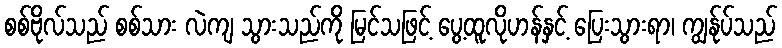
စစ်ဗိုလ်သည် စစ်သား လဲကျ သွားသည်ကို မြင်သဖြင့် ပွေ့ထူလိုဟန်နှင့် ပြေးသွားရာ၊ ကျွန်ုပ်သည်